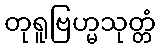
တုရူဗြဟ္မသုတ္တံ